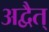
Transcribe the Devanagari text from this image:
अद्वैत्